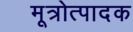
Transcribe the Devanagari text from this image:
मूत्रोत्पादक